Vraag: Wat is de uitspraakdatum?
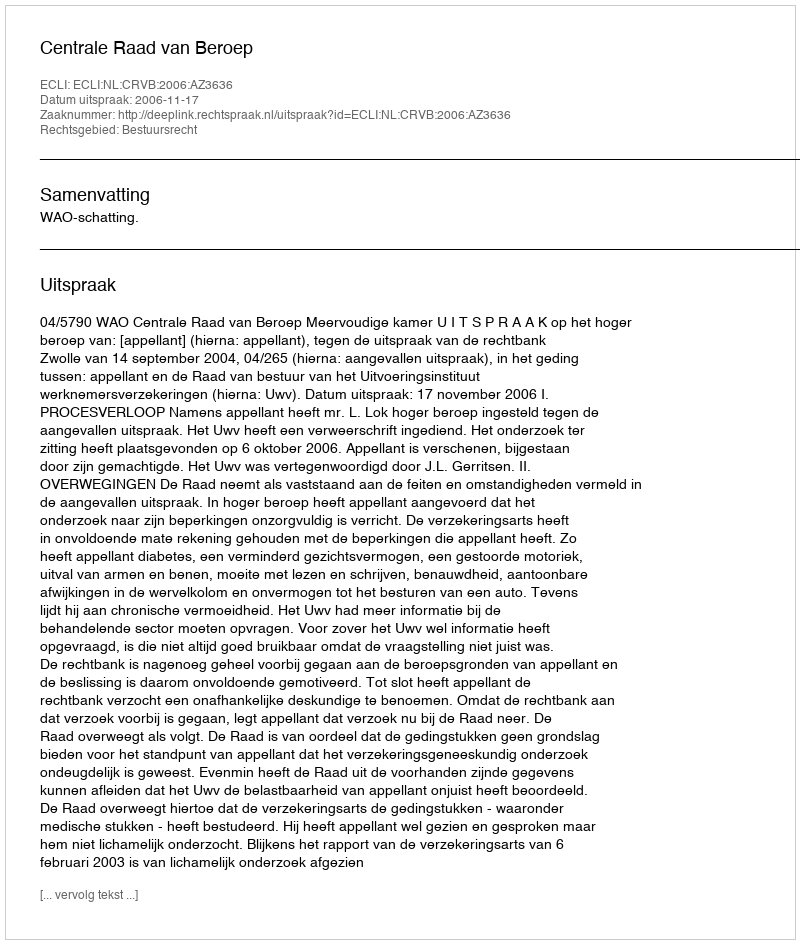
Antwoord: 2006-11-17